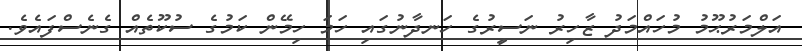
އަލްމަރުޙޫމު މުހައްމަދު ޒާހިރު ނަސީރުގެ ހަނދާނުގައި ހަމަ ހިމޭން ކަމުގެ ސުކޫތެއް ގެނެސްފައެވެ.